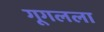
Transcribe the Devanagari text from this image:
गूगलला